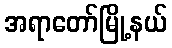
အရာတော်မြို့နယ်